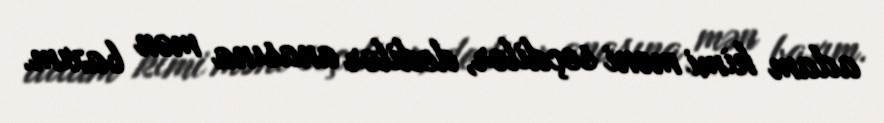
adam kimi məni seçdilər, dedilər anasına mən baxım.